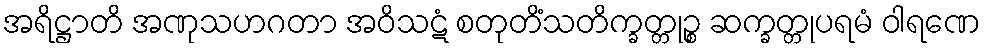
အရိဋ္ဌာတိ အဏုသဟဂတာ အဝိသဋံ စတုတိံသတိက္ခတ္တုဉ္စ ဆက္ခတ္တုပရမံ ဝါရဏေ